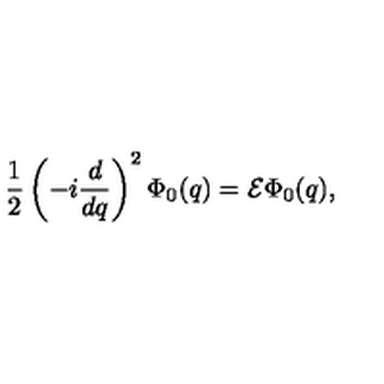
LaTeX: \frac { 1 } { 2 } \left( - i \frac { d } { d q } \right) ^ { 2 } \Phi _ { 0 } ( q ) = { \cal E } \Phi _ { 0 } ( q ) ,